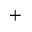
^ { + }